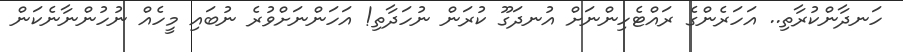
ހަނދާންކުރާތި.. އަހަރެންގެ ރައްޓެހިންނަށް އުނދަގޫ ކުރަން ނުހަދާތި! އަހަންނަށްވުރެ ނުބައި މީހެއް ނުހުންނާނެކަން